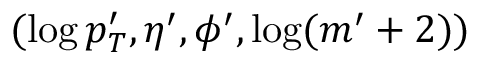
( \log p _ { T } ^ { \prime } , \eta ^ { \prime } , \phi ^ { \prime } , \log ( m ^ { \prime } + 2 ) )